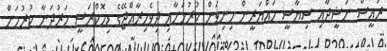
ރައީސް ނަޝީދާއި ސިޔާސީ ހައްޔަރީން މިނިވަން ކުރުމަށާއި ދިވެހިރާއްޖޭގެ ޑިމޮކްރަސީ ހަރުދަނާ ކުރުމަށް